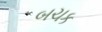
બચક